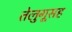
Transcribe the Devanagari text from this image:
तेलुगूसह